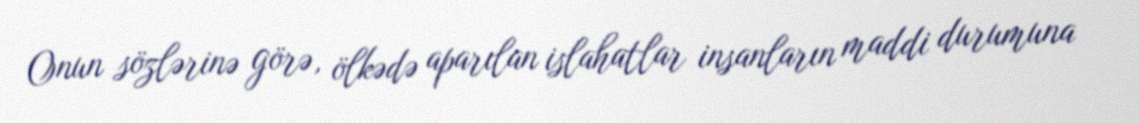
Onun sözlərinə görə, ölkədə aparılan islahatlar insanların maddi durumuna